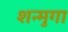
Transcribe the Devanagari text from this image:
शन्मुगा